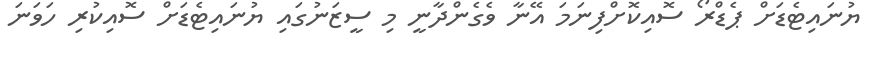
ޔުނައިޓެޑަށް ޕެޑްރޯ ސޮއިކޮށްފިނަމަ އޭނާ ވެގެންދާނީ މި ސީޒަނުގައި ޔުނައިޓެޑަށް ސޮއިކުރި ހަވަނަ